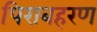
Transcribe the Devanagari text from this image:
पिराबहरण